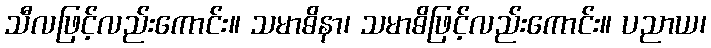
သီလဖြင့်လည်းကောင်း။ သမာဓိနာ၊ သမာဓိဖြင့်လည်းကောင်း။ ပညာယ၊